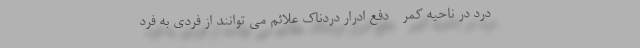
- درد در ناحیه کمر - دفع ادرار دردناک علائم می توانند از فردی به فرد